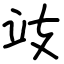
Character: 攱